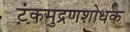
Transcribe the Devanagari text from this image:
टंकमुद्रणशोधक